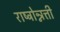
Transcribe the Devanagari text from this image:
राष्ट्रोन्नत्ती